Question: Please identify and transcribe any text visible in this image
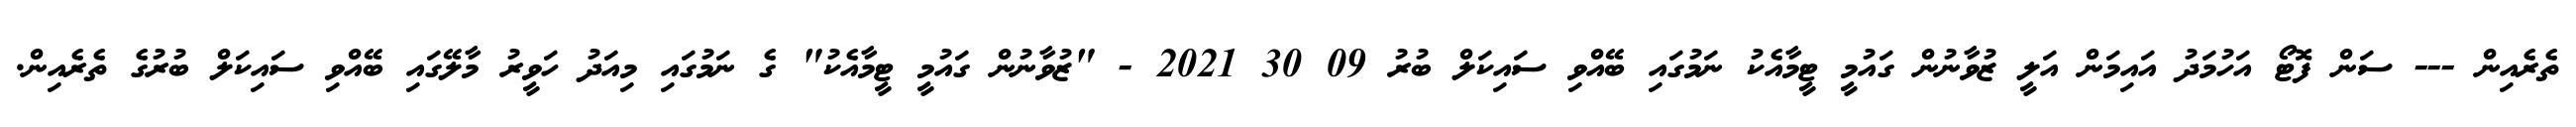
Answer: ތެރެއިން --- ސަން ފޮޓޯ އަހުމަދު އައިމަން އަލީ ޒުވާނުން ގައުމީ ޓީމާއެކު ނަމުގައި ބޭއްވި ސައިކަލް ބުރު 09 30 2021 - "ޒުވާނުން ގައުމީ ޓީމާއެކު" ގެ ނަމުގައި މިއަދު ހަވީރު މާލޭގައި ބޭއްވި ސައިކަލް ބުރުގެ ތެރެއިން.